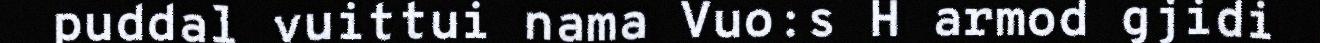
puddal vuittui nama Vuo:s H armod gjidi